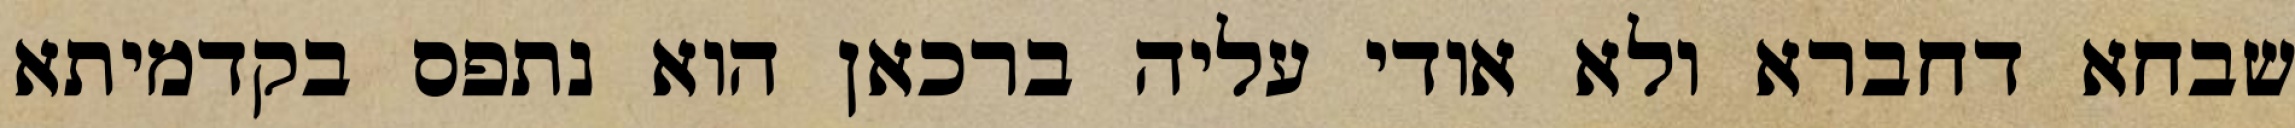
שבחא דחברא ולא אודי עליה ברכאן הוא נתפס בקדמיתא